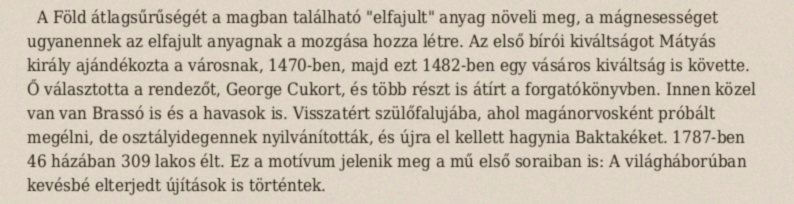
A Föld átlagsűrűségét a magban található "elfajult" anyag növeli meg, a mágnesességet ugyanennek az elfajult anyagnak a mozgása hozza létre. Az első bírói kiváltságot Mátyás király ajándékozta a városnak, 1470-ben, majd ezt 1482-ben egy vásáros kiváltság is követte. Ő választotta a rendezőt, George Cukort, és több részt is átírt a forgatókönyvben. Innen közel van van Brassó is és a havasok is. Visszatért szülőfalujába, ahol magánorvosként próbált megélni, de osztályidegennek nyilvánították, és újra el kellett hagynia Baktakéket. 1787-ben 46 házában 309 lakos élt. Ez a motívum jelenik meg a mű első soraiban is: A világháborúban kevésbé elterjedt újítások is történtek.